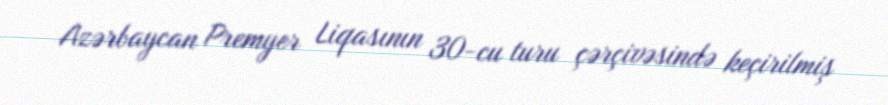
Azərbaycan Premyer Liqasının 30-cu turu çərçivəsində keçirilmiş